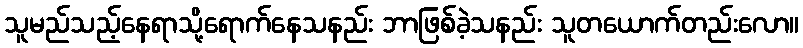
သူမည်သည့်နေရာသို့ရောက်နေသနည်း ဘာဖြစ်ခဲ့သနည်း သူတယောက်တည်းလော။